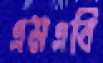
এমএবি